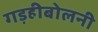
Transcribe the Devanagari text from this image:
गड़हीबोलनी